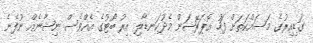
ގަޑިއިރުގެ މަސައްކަތަށް ފަހު އޮޕަރޭޝަން މެދުކަނޑާލި އިރު ބޯޓުގެ އެއްވެސް ނިޝާނެއް ނުފެނެ